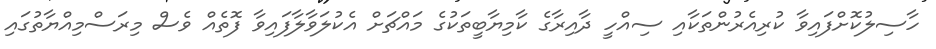
ހާސިލުކޮށްފައިވާ ކުރިއެރުންތަކާއި ސިއްހީ ދާއިރާގެ ކާމިޔާބީތަކުގެ މައްޗަށް އެކުލަވާލާފައިވާ ފޮތެއް ވެސް މިރަސްމިއްޔާތުގައި